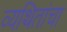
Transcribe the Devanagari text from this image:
व्यथितांचा